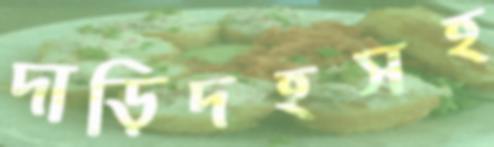
দাড়িদহসহ